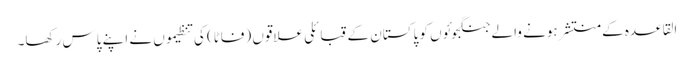
القاعدہ کے منتشر ہونے والے جنگجوئوں کو پاکستان کے قبائلی علاقوں (فاٹا) کی تنظیموں نے اپنے پاس رکھا۔